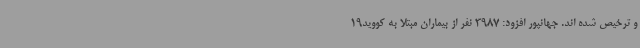
و ترخیص شده اند. جهانپور افزود: 3987 نفر از بیماران مبتلا به کووید19